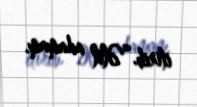
itirib.“Əlil adamam.